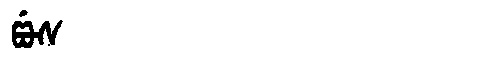
Manchu: ᡦᡠᠰ
Romanization: PUS